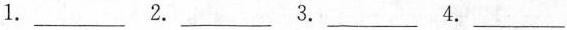
1. ___ 2. ___ 3. ___ 4. ___